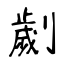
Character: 劌